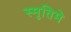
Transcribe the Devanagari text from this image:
स्मृतिमे